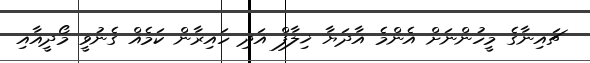
ޗައިނާގެ މީހުންނަށް އެންމެ އާދަޔާ ޚިލާފް އަދި ހައިރާން ކަމެއް ގެނުވީ މޯދީއާއި